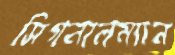
সিগনালম্যান